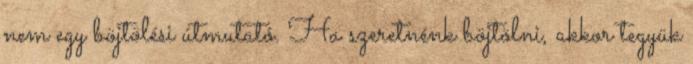
nem egy böjtölési útmutató. Ha szeretnénk böjtölni, akkor tegyük